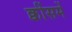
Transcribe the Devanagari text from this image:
क्वींसमें